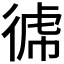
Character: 𭛺